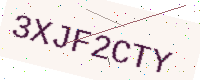
Text: 3XJF2CTY